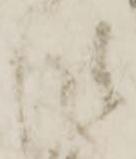
段